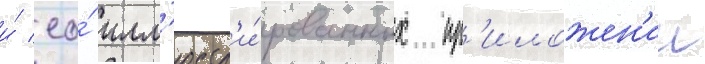
и́ ео́ илл'юстр'и́рованных пр'иложен'ии